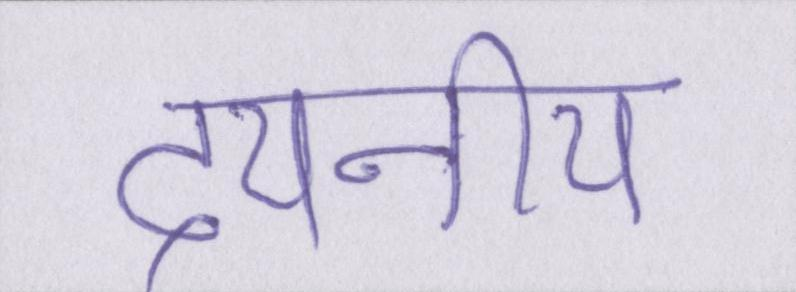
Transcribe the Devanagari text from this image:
दयनीय